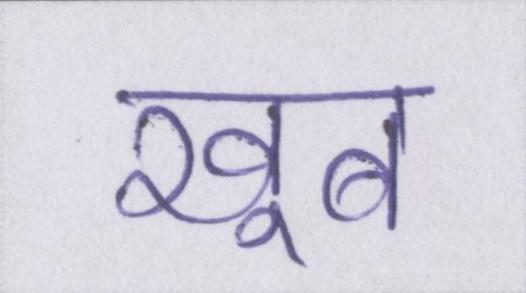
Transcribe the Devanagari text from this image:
खूब